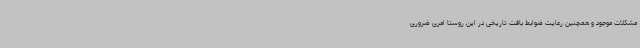
مشکلات موجود و همچنین رعایت ضوابط بافت تاریخی در این روستا امری ضروری